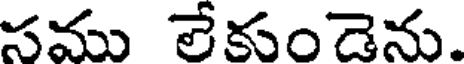
సము లేకుండెను.